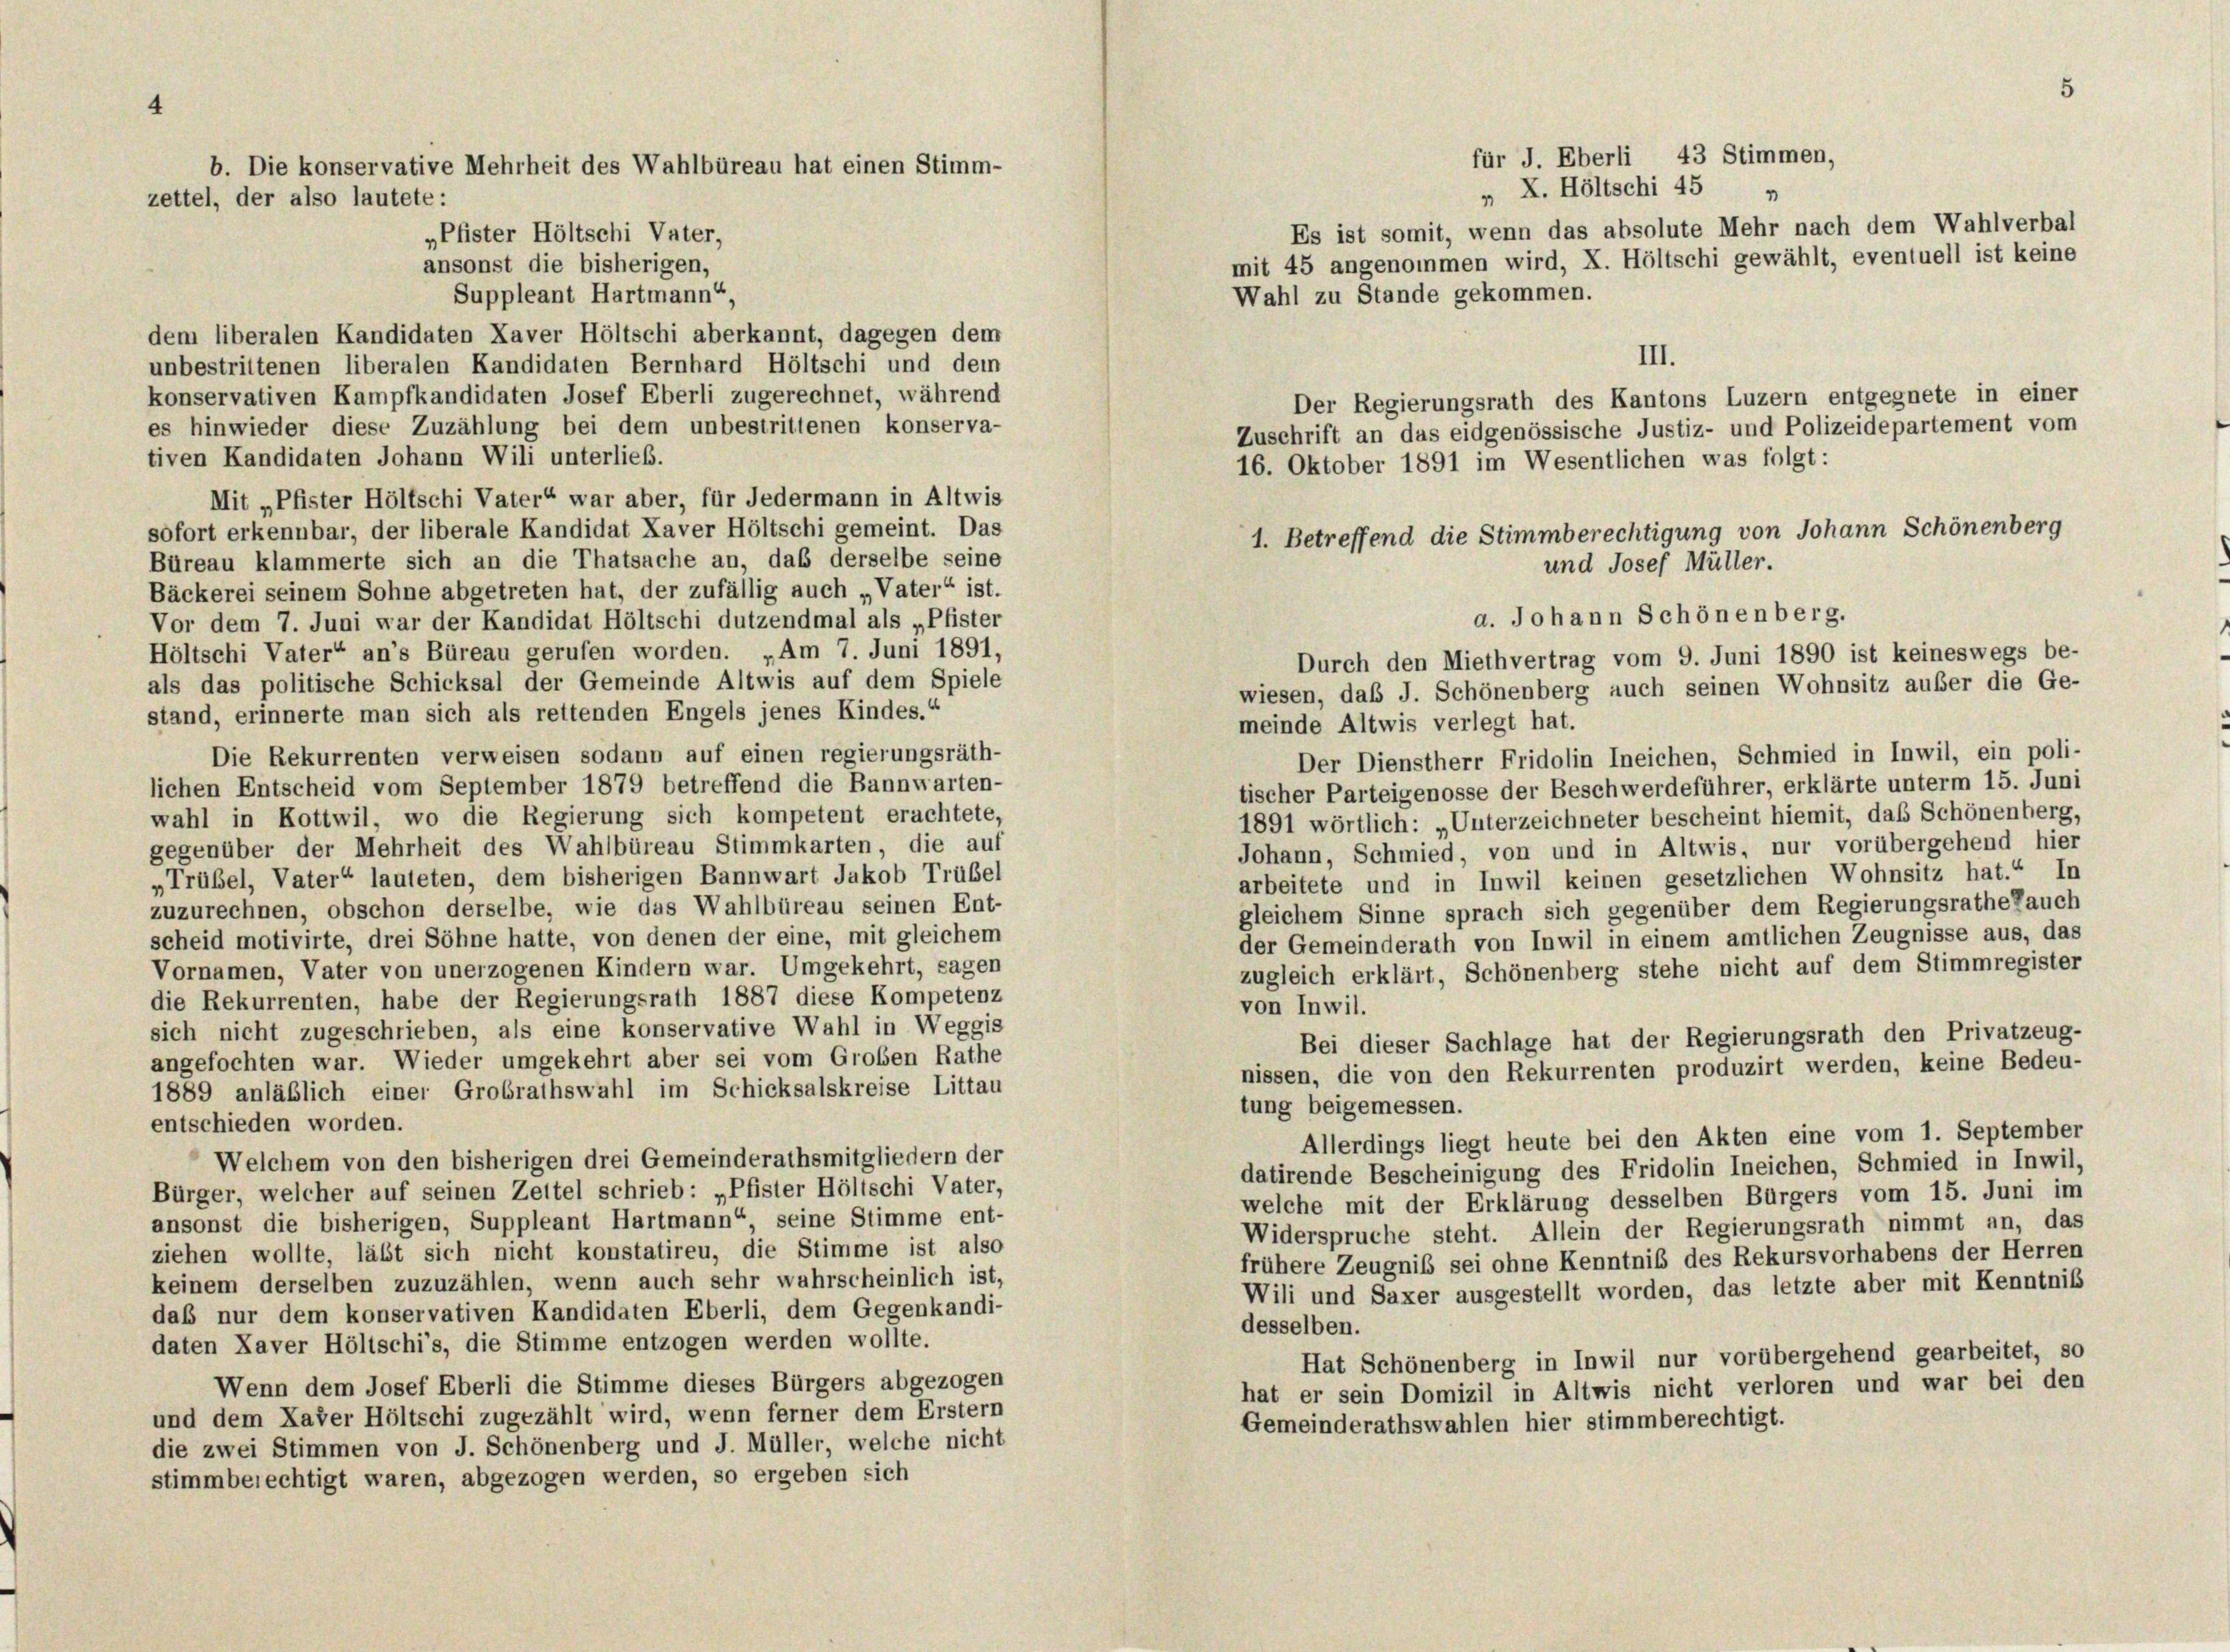
b. Die konservative Mehrheit des Wahlbüreau hat einen Stimm-
zettel, der also lautete:
»Pfister Höltschi Vater,

Es ist somit, wenn das absolute Mehr nach dem Wahlverbal
mit 45 angenommen wird, X. Höltschi gewählt, eventuell ist keine
ansonst die bisherigen,
Wahl zu Stande gekommen.
Suppleant Hartmann“,
dem liberalen Kandidaten Kaver Höltschi aberkannt, dagegen dem
III.
unbestrittenen liberalen Kandidaten Bernhard Höltschi und dem
konservativen Kampfkandidaten Josef Eberli zugerechnet, während
Der Regierungsrath des Kantons Luzern entgegnete in einer
es hinwieder diese Zuzählung bei dem unbestrittenen konserva-
Zuschrift an das eidgenössische Justiz- und Polizeidepartement vom
tiven Kandidaten Johann Wili unterlieb.
16. Oktober 1891 im Wesentlichen was folgt:
Mit „Pfister Höltschi Vater“ war aber, für Jedermann in Altwis
sofort erkennbar, der liberale Kandidat Xaver Höltschi gemeint. Das
Büreau klammerte sich an die Thatsache an, daß derselbe seine
Bäckerei seinem Sohne abgetreten hat, der zufällig auch „Vater“ ist.
Vor dem 7. Juni war der Kandidat Höltschi dutzendmal als „Pfister
Höltschi Vater“ an’s Büreau gerufen worden. „Am 7. Juni 1891,
als das politische Schicksal der Gemeinde Altwis auf dem Spiele
wiesen, daß J. Schönenberg auch seinen Wohnsitz außer die Ge-
stand, erinnerte man sich als rettenden Engels jenes Kindes.“
meinde Altwis verlegt hat.
Die Rekurrenten verweisen sodann auf einen regierungsräth-
Der Dienstherr Fridolin Ineichen, Schmied in Inwil, ein poli-
lichen Entscheid vom September 1879 betreffend die Bannwarten-
tischer Parteigenosse der Beschwerdeführer, erklärte unterm 15. Juni
wahl in Kottwil, wo die Regierung sich kompetent erachtete,
1891 wörtlich: „Unterzeichneter bescheint hiemit, daß Schönenberg,
gegenüber der Mehrheit des Wahlbüreau Stimmkarten, die auf
Johann, Schmied, von und in Altwis, nur vorübergehend hier
„Trübel, Vater“ lauteten, dem bisherigen Bannwart Jakob Trübel
arbeitete und in Inwil keinen gesetzlichen Wohnsitz hat.“ In
zuzurechnen, obschon derselbe, wie das Wahlbüreau seinen Ent-
gleichem Sinne sprach sich gegenüber dem Regierungsrathe auch
scheid motivirte, drei Söhne hatte, von denen der eine, mit gleichem
der Gemeinderath von Inwil in einem amtlichen Zeugnisse aus, das
Vornamen, Vater von unerzogenen Kindern war. Umgekehrt, sagen
zugleich erklärt, Schönenberg stehe nicht auf dem Stimmregister
die Rekurrenten, habe der Regierungsrath 1887 diese Kompetenz
von Inwil.
sich nicht zugeschrieben, als eine konservative Wahl in Weggis
Bei dieser Sachlage hat der Regierungsrath den Privatzeug-
angefochten war. Wieder umgekehrt aber sei vom Großen Rathe
nissen, die von den Rekurrenten produzirt werden, keine Bedeu-
1889 anläßlich einer Grobrathswahl im Schicksalskreise Littau
tung beigemessen.
entschieden worden.
Allerdings liegt heute bei den Akten eine vom 1. September
Welchem von den bisherigen drei Gemeinderathsmitgliedern der
datirende Bescheinigung des Fridolin Ineichen, Schmied in Inwil,
Bürger, welcher auf seinen Zeitel schrieb: „Pfister Höltschi Vater,
welche mit der Erklärung desselben Bürgers vom 15. Juni im
ansonst die bisherigen, Suppleant Hartmann“ seine Stimme ent-
Widerspruche steht. Allein der Regierungsrath nimmt an, das
ziehen wollte, läßt sich nicht konstatiren, die Stimme ist also
frühere Zeugniß sei ohne Kenntniß des Rekursvorhabens der Herren
keinem derselben zuzuzählen, wenn auch sehr wahrscheinlich ist,
Wili und Saxer ausgestellt worden, das letzte aber mit Kenntniß
daß nur dem konservativen Kandidaten Eberli, dem Gegenkandi-
desselben.
daten Xaver Höltschi’s, die Stimme entzogen werden wollte.
Hat Schönenberg in Inwil nur vorübergehend gearbeitet, so
Wenn dem Josef Eberli die Stimme dieses Bürgers abgezogen
hat er sein Domizil in Altwis nicht verloren und war bei den
und dem Kaver Höltschi zugezählt wird, wenn ferner dem Erstern
Gemeinderathswahlen hier stimmberechtigt.
die zwei Stimmen von J. Schönenberg und J. Müller, welche nicht
stimmberechtigt waren, abgezogen werden, so ergeben sich

für J. Eberli 43 Stimmen,
„ X. Höltschi 45 „

1. Betreffend die Stimmberechtigung von Johann Schönenberg
und Josef Müller.
a. Johann Schönenberg.
Durch den Miethvertrag vom 9. Juni 1890 ist keineswegs be-